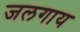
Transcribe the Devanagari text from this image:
जलगाय